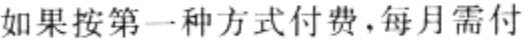
如果按第一种方式付费，每月需付